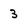
Character: 3